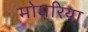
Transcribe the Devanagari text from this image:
मोमरिया